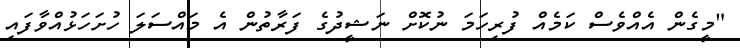
"މީގެން އެއްވެސް ކަމެއް ފުރިހަމަ ނުކޮށް ނަޝީދުގެ ފަރާތުން އެ މައްސަލަ ހުށަހަޅުއްވާފައި